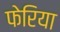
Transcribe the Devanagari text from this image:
फेरिया